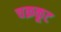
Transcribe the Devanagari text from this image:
चक्रकूट